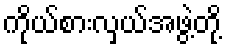
ကိုယ်စားလှယ်အဖွဲ့တို့